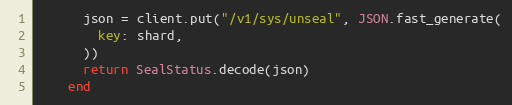
Language: Ruby
      json = client.put("/v1/sys/unseal", JSON.fast_generate(
        key: shard,
      ))
      return SealStatus.decode(json)
    end